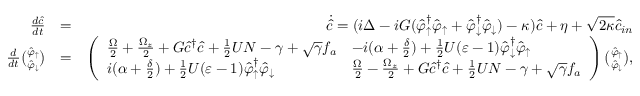
\begin{array} { r l r } { \frac { d \hat { c } } { d t } } & { = } & { \dot { \hat { c } } = ( i \Delta - i G ( \hat { \varphi } _ { \uparrow } ^ { \dag } \hat { \varphi } _ { \uparrow } + \hat { \varphi } _ { \downarrow } ^ { \dag } \hat { \varphi } _ { \downarrow } ) - \kappa ) \hat { c } + \eta + \sqrt { 2 \kappa } \hat { c } _ { i n } } \\ { \frac { d } { d t } \binom { \hat { \varphi } _ { \uparrow } } { \hat { \varphi } _ { \downarrow } } } & { = } & { \left( \begin{array} { l l } { \frac { \Omega } { 2 } + \frac { \Omega _ { z } } { 2 } + G \hat { c } ^ { \dag } \hat { c } + \frac { 1 } { 2 } U N - \gamma + \sqrt { \gamma } f _ { a } } & { - i ( \alpha + \frac { \delta } { 2 } ) + \frac { 1 } { 2 } U ( \varepsilon - 1 ) \hat { \varphi } _ { \downarrow } ^ { \dag } \hat { \varphi } _ { \uparrow } } \\ { i ( \alpha + \frac { \delta } { 2 } ) + \frac { 1 } { 2 } U ( \varepsilon - 1 ) \hat { \varphi } _ { \uparrow } ^ { \dag } \hat { \varphi } _ { \downarrow } } & { \frac { \Omega } { 2 } - \frac { \Omega _ { z } } { 2 } + G \hat { c } ^ { \dag } \hat { c } + \frac { 1 } { 2 } U N - \gamma + \sqrt { \gamma } f _ { a } } \end{array} \right) \binom { \hat { \varphi } _ { \uparrow } } { \hat { \varphi } _ { \downarrow } } , } \end{array}